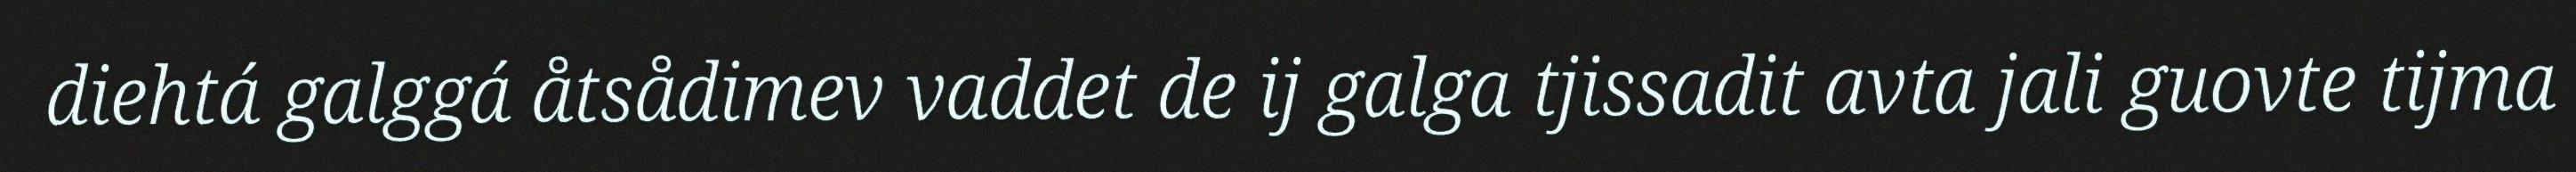
diehtá galggá åtsådimev vaddet de ij galga tjissadit avta jali guovte tijma